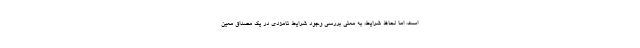
است، اما لحاظ شرایط، به معنی بررسی وجود شرایط نامزدی در یک مصداق معین